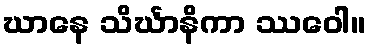
ဃာနေ သိင်္ဃာနိကာ ဿဝေါ။